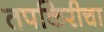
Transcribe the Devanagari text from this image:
तपकिरीचा